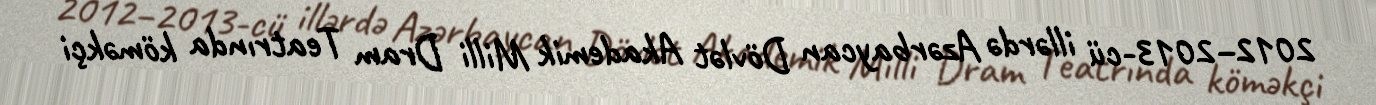
2012–2013-cü illərdə Azərbaycan Dövlət Akademik Milli Dram Teatrında köməkçi